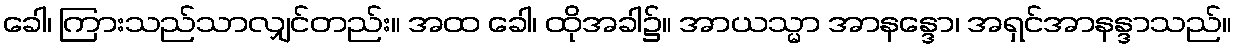
ခေါ၊ ကြားသည်သာလျှင်တည်း။ အထ ခေါ၊ ထိုအခါ၌။ အာယသ္မာ အာနန္ဒော၊ အရှင်အာနန္ဒာသည်။